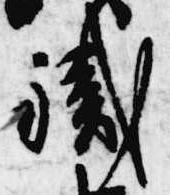
職